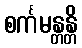
စင်္ကမန္တန္တိ